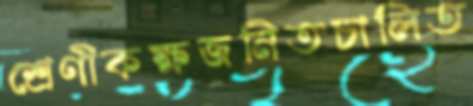
শ্রেণীকক্ষজনিতচালিত